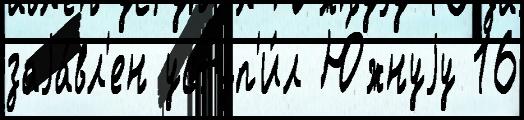
заjа́вл'ен уступ'и́л Ю́жнуjу 16